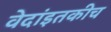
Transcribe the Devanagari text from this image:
वेदांइतकीच